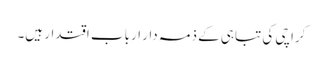
کراچی کی تباہی کے ذمہ دار ارباب اقتدار ہیں۔